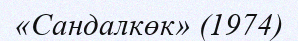
«Сандалкөк» (1974)